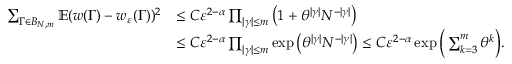
\begin{array} { r l } { \sum _ { \Gamma \in B _ { N , m } } \mathbb E ( w ( \Gamma ) - w _ { \varepsilon } ( \Gamma ) ) ^ { 2 } } & { \le C \varepsilon ^ { 2 - \alpha } \prod _ { | \gamma | \le m } \big ( 1 + \theta ^ { | \gamma | } N ^ { - | \gamma | } \big ) } \\ & { \le C \varepsilon ^ { 2 - \alpha } \prod _ { | \gamma | \le m } \exp \big ( \theta ^ { | \gamma | } N ^ { - | \gamma | } \big ) \le C \varepsilon ^ { 2 - \alpha } \exp \Big ( \sum _ { k = 3 } ^ { m } \theta ^ { k } \Big ) . } \end{array}